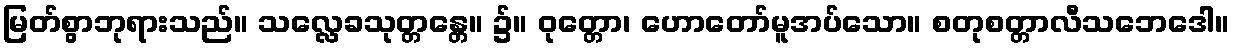
မြတ်စွာဘုရားသည်။ သလ္လေခသုတ္တန္တေ။ ၌။ ဝုတ္တော၊ ဟောတော်မူအပ်သော။ စတုစတ္တာလီသဘေဒေါ။